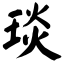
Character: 琰